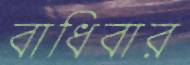
বাধিবার